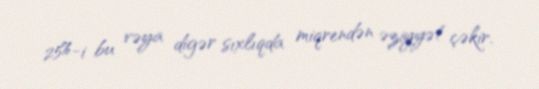
25%-i bu vəya digər sıxlıqda miqrendən əziyyət çəkir.